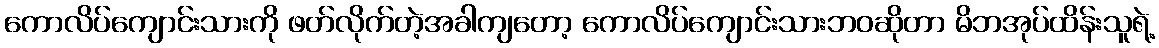
ကောလိပ်ကျောင်းသားကို ဖတ်လိုက်တဲ့အခါကျတော့ ကောလိပ်ကျောင်းသားဘဝဆိုတာ မိဘအုပ်ထိန်းသူရဲ့